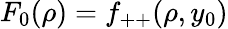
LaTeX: F_{0}(\rho)=f_{++}(\rho,y_{0})